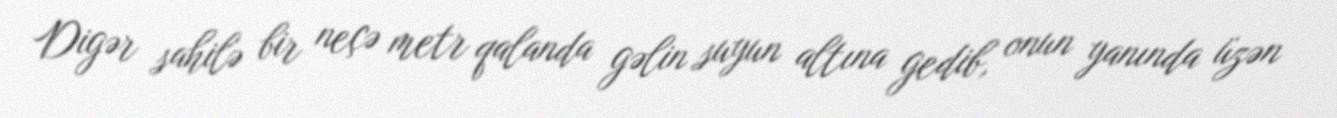
Digər sahilə bir neçə metr qalanda gəlin suyun altına gedib, onun yanında üzən